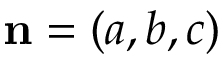
\mathbf { n } = ( a , b , c )